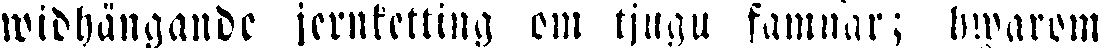
widhängande jernketting om tjugu famnar; hvarom